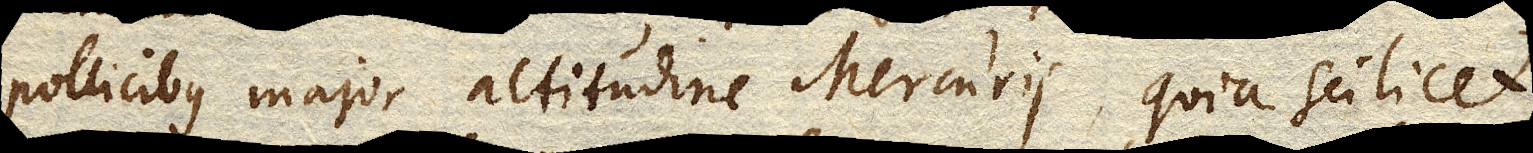
pollicibus major altitudine Mercurii, quia scilicet